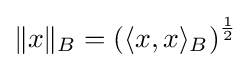
\|x\|_{B}=\left(\langle x,x\rangle _{B}\right)^{\frac {1}{2}}